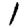
Digit: 1